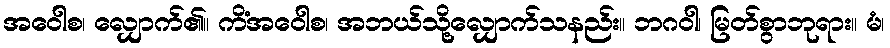
အဝေါစ၊ လျှောက်၏။ ကိံအဝေါစ၊ အဘယ်သို့လျှောက်သနည်း။ ဘဂဝါ၊ မြတ်စွာဘုရား။ မံ၊